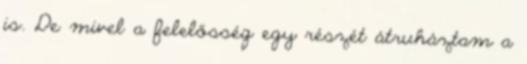
is. De mivel a felelősség egy részét átruháztam a